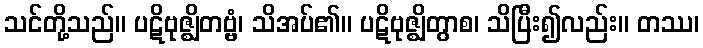
သင်တို့သည်။ ပဋိဗုဇ္ဈိတဗ္ဗံ၊ သိအပ်၏။ ပဋိဗုဇ္ဈိတွာစ၊ သိပြီး၍လည်း။ တဿ၊